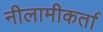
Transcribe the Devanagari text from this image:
नीलामीकर्ता